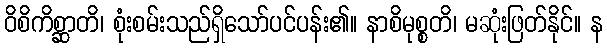
ဝိစိကိစ္ဆာတိ၊ စုံးစမ်းသည်ရှိသော်ပင်ပန်း၏။ နာစိမုစ္စတိ၊ မဆုံးဖြတ်နိုင်။ န